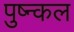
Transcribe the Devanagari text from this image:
पुष्न्कल